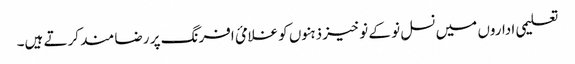
تعلیمی اداروں میں نسل نو کے نوخیز ذہنوں کو غلامئ افرنگ پر رضا مند کرتے ہیں۔